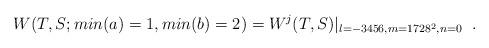
LaTeX: \begin{align*}W(T,S;min(a)=1, min(b)=2) =W^j(T,S)|_{l=-3456, m=1728^2, n=0}\;\;.\end{align*}